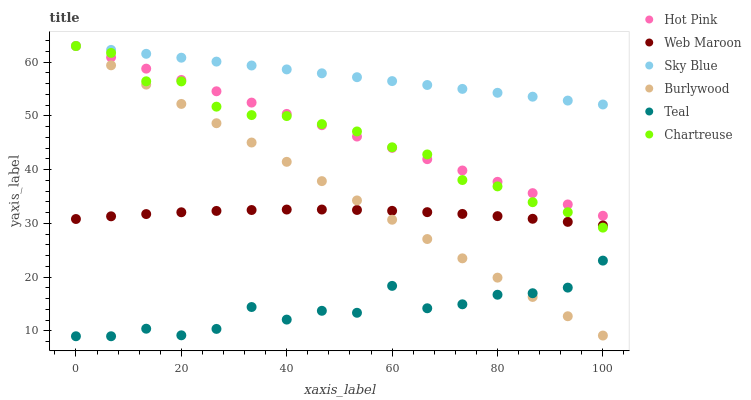
| xaxis_label | Hot Pink | Web Maroon | Sky Blue | Burlywood | Teal | Chartreuse |
 | --- | --- | --- | --- | --- | --- | --- |
 | 0 | 63 | 30.8 | 63 | 63 | 9 | 63 |
 | 6.67 | 60.9 | 31.3 | 62.3 | 59.4 | 9 | 61.7 |
 | 13.3 | 58.8 | 31.7 | 61.5 | 55.8 | 10.4 | 56.4 |
 | 20 | 56.7 | 32.1 | 60.8 | 52.2 | 9.18 | 56.4 |
 | 26.7 | 54.6 | 32.3 | 60.1 | 48.6 | 10.4 | 51.7 |
 | 33.3 | 52.5 | 32.5 | 59.4 | 45 | 14.4 | 50.1 |
 | 40 | 50.4 | 32.6 | 58.6 | 41.5 | 12.1 | 50 |
 | 46.7 | 48.3 | 32.6 | 57.9 | 37.9 | 13.7 | 48.5 |
 | 53.3 | 46.2 | 32.5 | 57.2 | 34.3 | 13.4 | 47.1 |
 | 60 | 44.1 | 32.3 | 56.5 | 30.7 | 18.4 | 44.2 |
 | 66.7 | 41.9 | 32.1 | 55.7 | 27.1 | 14.2 | 42.8 |
 | 73.3 | 39.8 | 31.8 | 55 | 23.5 | 14.9 | 38.1 |
 | 80 | 37.7 | 31.4 | 54.3 | 19.9 | 16.7 | 36.9 |
 | 86.7 | 35.6 | 30.9 | 53.6 | 16.3 | 17 | 33.9 |
 | 93.3 | 33.5 | 30.3 | 52.8 | 12.7 | 18 | 32.1 |
 | 100 | 31.4 | 29.6 | 52.1 | 9.13 | 23.1 | 29.2 |